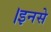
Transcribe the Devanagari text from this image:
।इनसे